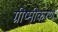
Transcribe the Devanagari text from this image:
ग्रीष्मीकरण